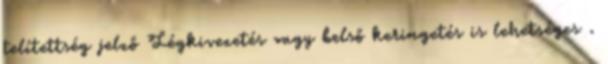
telítettség jelző Légkivezetés vagy belső keringetés is lehetséges .